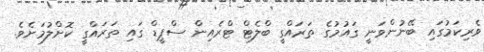
ވެރިކަމުގައި ބޭނުންވަނީ ގައުމުގެ ތަރައްގީ ބްލެޓް ޓްރެއިން ސްޕީޑް ގައި ތަރައްގީ ކޮށްލުމަށެވެ.